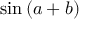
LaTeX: \sin \left( a + b \right)